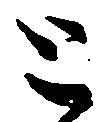
と